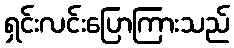
ရှင်းလင်းပြောကြားသည်